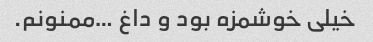
خیلی خوشمزه بود و داغ …ممنونم.